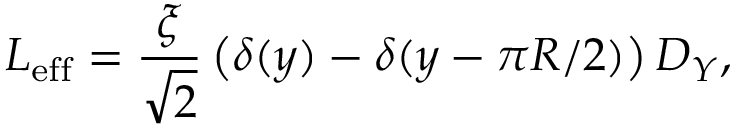
{ \cal L } _ { \mathrm { e f f } } = { \frac { \xi } { \sqrt { 2 } } } \left( \delta ( y ) - \delta ( y - \pi R / 2 ) \right) D _ { Y } ,